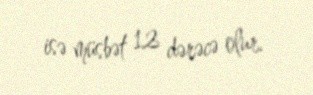
isə müsbət 12 dərəcə olur.